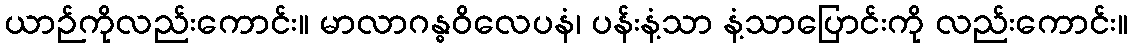
ယာဉ်ကိုလည်းကောင်း။ မာလာဂန္ဓဝိလေပနံ၊ ပန်းနံ့သာ နံ့သာပြောင်းကို လည်းကောင်း။